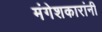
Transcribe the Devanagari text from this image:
मंगेशकारांनी